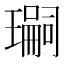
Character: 𭺂